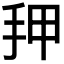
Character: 𰓑